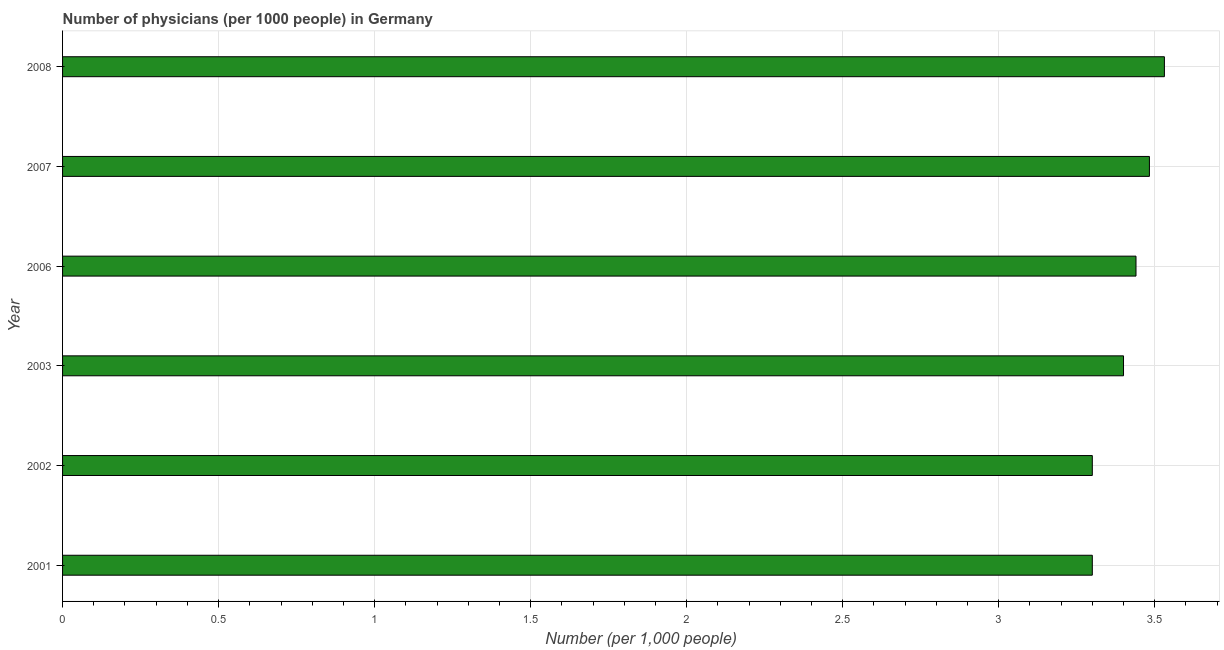
| Year | Physicians |
 | --- | --- |
 | 2001 | 3.3 |
 | 2002 | 3.3 |
 | 2003 | 3.4 |
 | 2006 | 3.44 |
 | 2007 | 3.48 |
 | 2008 | 3.53 |